Indian journal of veterinary science and animal husbandry - Volume 8,
Year: 1938
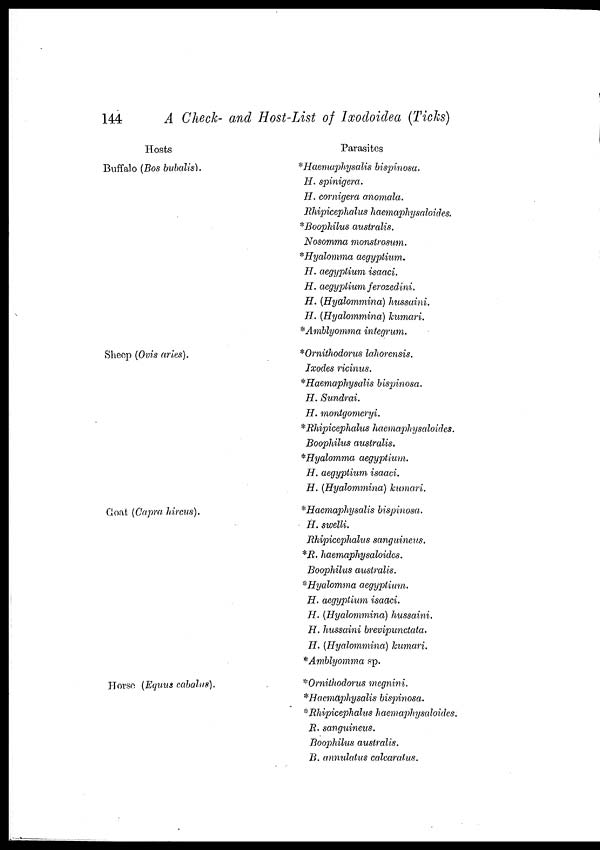
144
A Check- and Host-List of Ixodoidea (Ticks)
Hosts
Buffalo (Bos bubalis),
Sheep (Ovis aries).
Goat (Capra hircus).
Horse (Equus cabalus).
Parasites
*Haemaphysalis bispinosa.
H. spinigera.
H. cornigera anomala.
Rhipicephalus haemaphysaloides.
*Boophilus australis.
Nosomma monstrosum.
*Hyalomma aegyptium.
H. aegyptium isaaci.
H. aegyptium ferozedini.
H. (Hyalommina) hussaini.
H. (Hyalommina) kumari.
*Amblyomma integrum.
* Ornithodorus lahorensis.
Ixodes ricinus.
*Haemaphysalis bispinosa.
H. Sundrai.
H. montgomeryi.
* Rhipicephalus haemaphysaloides.
Boophilus australis.
*Hyalomma aegyptium.
H. aegyptium isaaci.
H. (Hyalommina) kumari.
*Haemaphysalis bispinosa.
H. swelli.
Rhipicephalus sanguineus.
*R. haemaphysaloides.
Boophilus australis.
*Hyalomma aegyptium.
H. aegyptium isaaci.
H. (Hyalommina) hussaini.
H. hussaini brevipunctata.
H. (Hyalommina) humari.
*Amblyomma sp.
* Ornithodorus megnini.
*Haemaphysalis bispinosa.
*Rhipicephalus haemaphysaloides.
R. sanguineus.
Boophilus australis.
B. annulatus calcaratus.